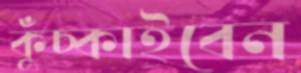
কুঁচ্‌কাইবেন